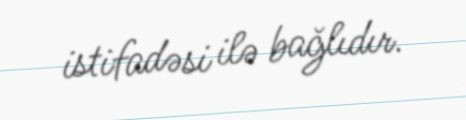
istifadəsi ilə bağlıdır.